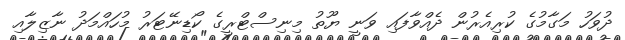
ދުވަހު މަގާމުގެ ކުރިއެރުން ދެއްވާފައި ވަނީ ޔޫތު މިނިސްޓްރީގެ ކޯޑިނޭޓަރު މުހައްމަދު ނާޒިލާއި